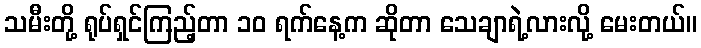
သမီးတို့ ရုပ်ရှင်ကြည့်တာ ၁၀ ရက်နေ့က ဆိုတာ သေချာရဲ့လားလို့ မေးတယ်။